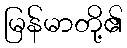
မြန်မာတို့၏